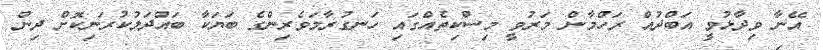
އޭނާ ވިދާޅުވީ އަބްދުއް ރަހްމާން މަރުވީ މިސްކިތެއްގައި ހަނގުރާމަވެރިންގެ ބަޔަކާ ބައްދަލުކުރަނިކޮށް ދިން